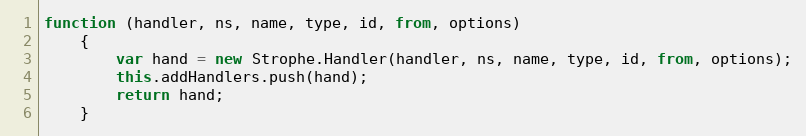
Language: JavaScript
function (handler, ns, name, type, id, from, options)
    {
        var hand = new Strophe.Handler(handler, ns, name, type, id, from, options);
        this.addHandlers.push(hand);
        return hand;
    }